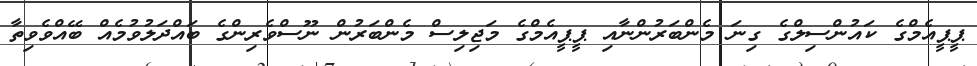
ޕީޕީއެމްގެ ކައުންސިލްގެ ގިނަ މެންބަރުންނާއި ޕީޕީއެމްގެ މަޖިލިސް މެންބަރުން ނޫސްވެރިންގެ ބައްދަލުވުމެއް ބޭއްވެވިތާ